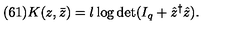
( 6 1 ) K ( z , \bar { z } ) = l \log \det ( I _ { q } + \hat { z } ^ { \dagger } \hat { z } ) .